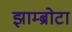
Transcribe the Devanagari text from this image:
झाम्ब्रोटा